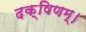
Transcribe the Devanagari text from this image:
दक्षिणम्।